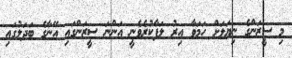
މި ސީޒަންގެ ނިޔަލަށް ހަމަވާ އިރު ލަފާކުރެވެނީ އަންނަ ސީޒަންގައި އޭނާގެ ބަދަލުގައި